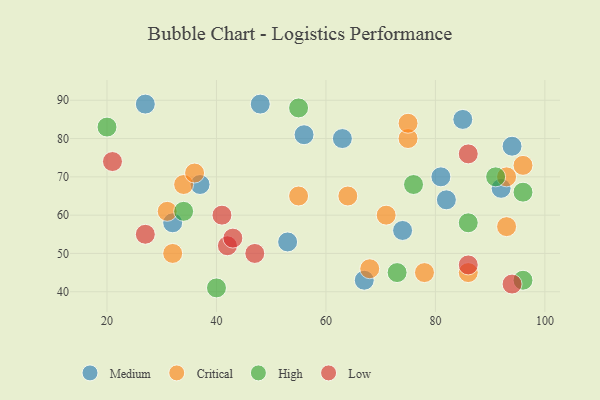
{"axis": {"x": "GDP", "y": "Life Expectancy"}, "legend": ["Critical", "High", "Low", "Medium"], "data": [{"x": "85", "y": 85, "type": "Medium"}, {"x": "32", "y": 58, "type": "Medium"}, {"x": "48", "y": 89, "type": "Medium"}, {"x": "81", "y": 70, "type": "Medium"}, {"x": "56", "y": 81, "type": "Medium"}, {"x": "63", "y": 80, "type": "Medium"}, {"x": "37", "y": 68, "type": "Medium"}, {"x": "27", "y": 89, "type": "Medium"}, {"x": "82", "y": 64, "type": "Medium"}, {"x": "92", "y": 67, "type": "Medium"}, {"x": "67", "y": 43, "type": "Medium"}, {"x": "94", "y": 78, "type": "Medium"}, {"x": "74", "y": 56, "type": "Medium"}, {"x": "53", "y": 53, "type": "Medium"}, {"x": "93", "y": 70, "type": "Critical"}, {"x": "32", "y": 50, "type": "Critical"}, {"x": "34", "y": 68, "type": "Critical"}, {"x": "68", "y": 46, "type": "Critical"}, {"x": "75", "y": 80, "type": "Critical"}, {"x": "78", "y": 45, "type": "Critical"}, {"x": "31", "y": 61, "type": "Critical"}, {"x": "55", "y": 65, "type": "Critical"}, {"x": "36", "y": 71, "type": "Critical"}, {"x": "93", "y": 57, "type": "Critical"}, {"x": "64", "y": 65, "type": "Critical"}, {"x": "96", "y": 73, "type": "Critical"}, {"x": "86", "y": 45, "type": "Critical"}, {"x": "71", "y": 60, "type": "Critical"}, {"x": "75", "y": 84, "type": "Critical"}, {"x": "96", "y": 43, "type": "High"}, {"x": "40", "y": 41, "type": "High"}, {"x": "76", "y": 68, "type": "High"}, {"x": "91", "y": 70, "type": "High"}, {"x": "20", "y": 83, "type": "High"}, {"x": "86", "y": 58, "type": "High"}, {"x": "55", "y": 88, "type": "High"}, {"x": "96", "y": 66, "type": "High"}, {"x": "34", "y": 61, "type": "High"}, {"x": "73", "y": 45, "type": "High"}, {"x": "86", "y": 47, "type": "Low"}, {"x": "42", "y": 52, "type": "Low"}, {"x": "43", "y": 54, "type": "Low"}, {"x": "27", "y": 55, "type": "Low"}, {"x": "86", "y": 76, "type": "Low"}, {"x": "94", "y": 42, "type": "Low"}, {"x": "41", "y": 60, "type": "Low"}, {"x": "21", "y": 74, "type": "Low"}, {"x": "47", "y": 50, "type": "Low"}]}